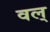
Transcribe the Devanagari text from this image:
वल्‌